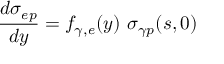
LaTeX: \frac { d \sigma _ { e p } } { d y } = f _ { \gamma , e } ( y ) \ \sigma _ { \gamma p } ( s , 0 )